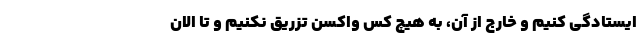
ایستادگی کنیم و خارج از آن، به هیچ کس واکسن تزریق نکنیم و تا الان